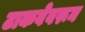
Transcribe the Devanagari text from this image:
टाकवेवरून